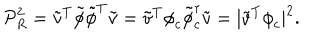
{ \cal P } _ { R } ^ { 2 } = { \tilde { v } } ^ { T } { \tilde { \phi } } { \tilde { \phi } } ^ { T } { \tilde { v } } = { \tilde { v } } ^ { T } { \phi } _ { c } { \tilde { \phi } } _ { c } ^ { \dagger } { \tilde { v } } = | { \tilde { v } } ^ { T } { \phi } _ { c } | ^ { 2 } .